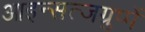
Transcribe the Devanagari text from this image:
आइन्सत्जग्रुप्पें